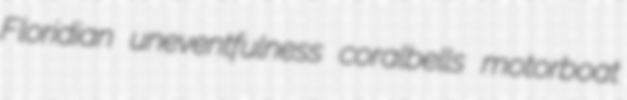
Floridian uneventfulness coralbells motorboat